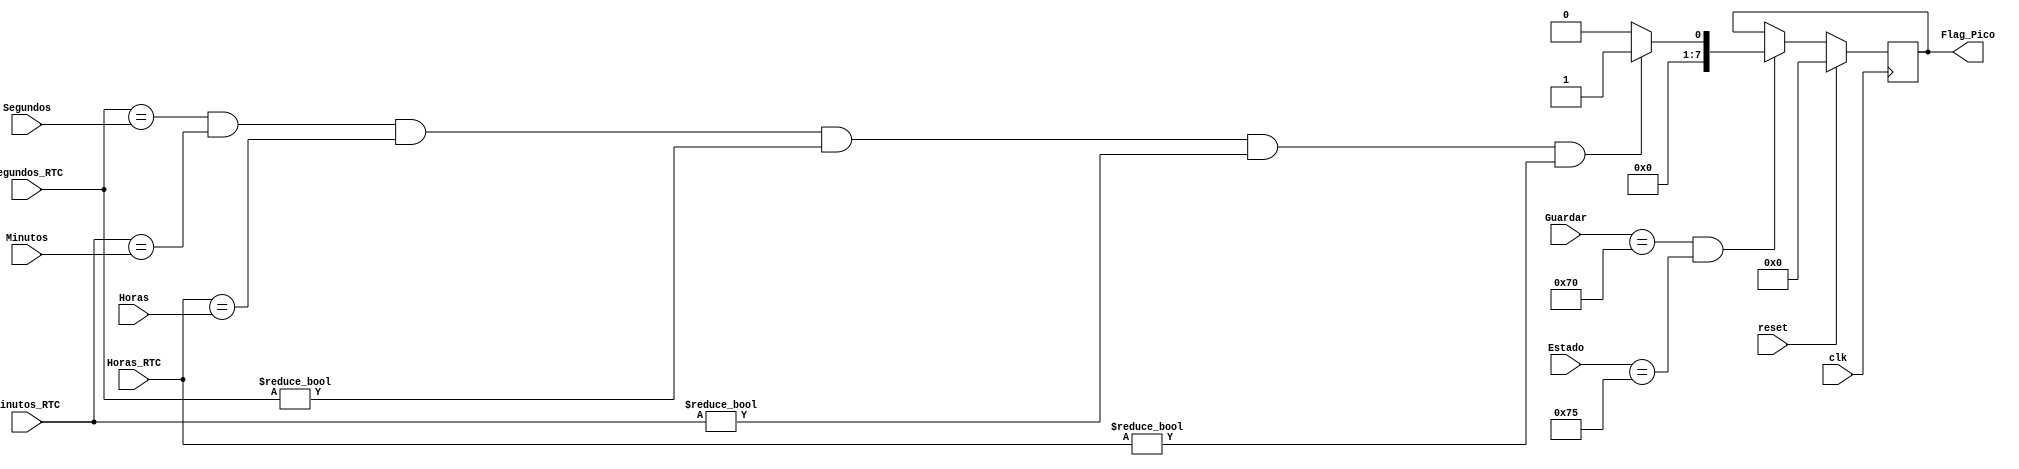
module Banderas_Alarma(
    input [7:0] Segundos,
	 input [7:0] Minutos,
	 input [7:0] Horas,
    input [7:0] Segundos_RTC,
	 input [7:0] Minutos_RTC,
	 input [7:0] Horas_RTC,
	 input [7:0] Estado,
	 input [7:0] Guardar,
	 input clk,
	 input reset,
	 output reg [7:0] Flag_Pico
    );
	 
	 always @(posedge clk)
	    if (reset)
			begin
				Flag_Pico <= 8'd0;
			end 
		 else 
			 if ((Guardar == 8'h70)&&(Estado == 8'h75))
					begin
						if ((Segundos_RTC == Segundos )&& (Minutos_RTC == Minutos) && (Horas_RTC == Horas ) && (Segundos_RTC != 8'h00) && (Minutos_RTC != 8'h00) && (Horas_RTC != 8'h00))
							begin
								Flag_Pico <= 8'd1;
		
							end
						else 
						begin
							Flag_Pico <= 8'd0;
						end 
					end
			else 
				begin
					Flag_Pico <= Flag_Pico;
				end
endmodule